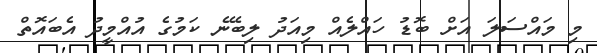
މި މައްސަލަ އަށް ބޮޑު ހައްލެއް މިއަދު ލިބޭނެ ކަމުގެ އުއްމީދު އެބައޮތް